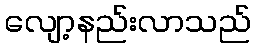
လျော့နည်းလာသည်